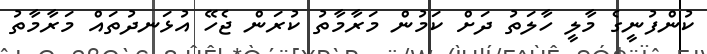
ކުންފުނީގެ މާލީ ހާލަތު ދަށް ކަމުން މަރާމާތު ކުރަން ޖެހޭ އުޅަނދުތައް މަރާމާތު